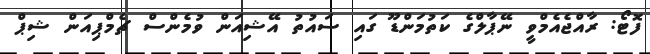
ފޮޓޯ: ރާއްޖެއެމްވީ ނޭޕާލްގެ ކަތުމަންޑޫ ގައި ސައުތު އޭޝިއަން ވުމެންސް ޗެމްޕިއަން ޝިޕް